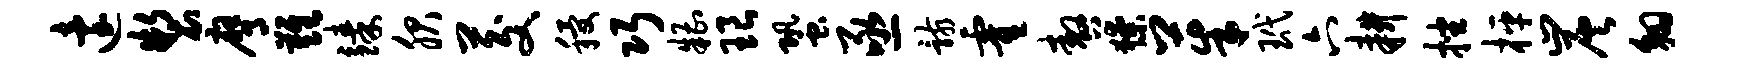
迨制膺难臻服茭稷巧糟琅蛩亟骸霍嗷獠茱玳六耕挫枰炭翱